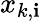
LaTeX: x_{k,\mathbf{i}}